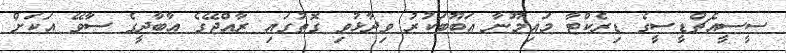
ސީސީއެޗްޑީސީގެ ޑިރެކްޓާ މައިމޫނާ އަބޫބަކުރު ވިދާޅުވި ގޮތުގައި ރާއްޖޭގެ އާބާދީގެ ސާވޭ އަކަށް